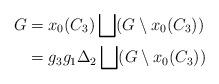
LaTeX: \begin{align*} G &=x_0(C_3)\bigsqcup(G\setminus x_0(C_3)) \\ &=g_3g_1\Delta_2\bigsqcup(G\setminus x_0(C_3)) \end{align*}